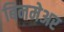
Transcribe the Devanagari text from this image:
बिनमेअर